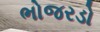
ભોજરડો